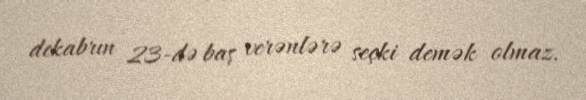
dekabrın 23-də baş verənlərə seçki demək olmaz.